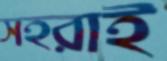
সহরাই